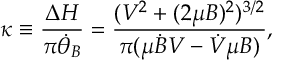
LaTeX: \kappa \equiv \frac { \Delta H } { \pi \dot { \theta } _ { B } } = \frac { ( V ^ { 2 } + ( 2 \mu B ) ^ { 2 } ) ^ { 3 / 2 } } { \pi ( \mu \dot { B } V - \dot { V } \mu B ) } ,